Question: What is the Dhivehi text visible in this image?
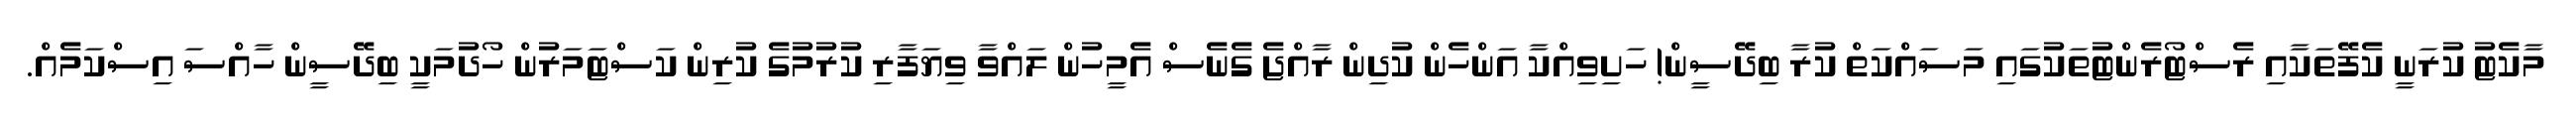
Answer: މާކެޓު ކުރަނީ ކެފޭތަކާއި ރެސްޓޯރެންޓުތަކުގައި މަސައްކަތް ކުރާ ބިދޭސީން! ހަށިވިއްކާ އަންހެން ކުދިން ރާއްޖެ ގެނެސް އެމީހުން ލައްވާ ވިޔަފާރި ކުރުމުގެ ކުރިން ކަސްޓަމަރުން ހޯދުމަކީ ބިދޭސީން ހާއްސަ އިސްކަމެއް.